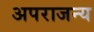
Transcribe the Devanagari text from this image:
अपराजन्य